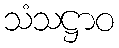
သံသဋ္ဌာဝ